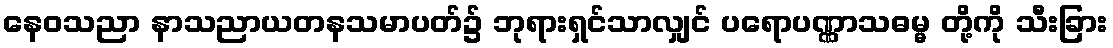
နေဝသညာ နာသညာယတနသမာပတ်၌ ဘုရားရှင်သာလျှင် ပရောပဏ္ဏာသဓမ္မ တို့ကို သီးခြား